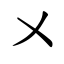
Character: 㐅